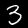
Digit: 3